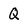
Character: Q